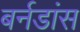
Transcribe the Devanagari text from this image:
बर्नडांस